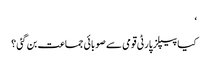
‘
کیا پیپلز پارٹی قومی سے صوبائی جماعت بن گئی ؟